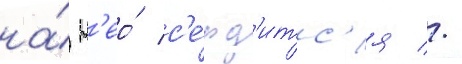
на́ н'ео́ с'е́рд'итс'я //